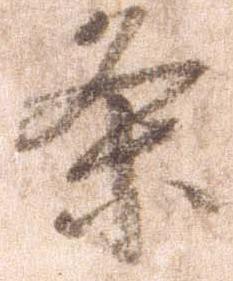
条